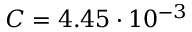
C = 4 . 4 5 \cdot 1 0 ^ { - 3 }